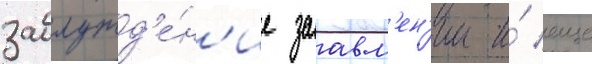
заблужд'е́н'ие заавл'ен'ии и́ еще